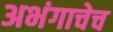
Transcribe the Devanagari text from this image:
अभंगाचेच